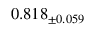
0 . 8 1 8 _ { \pm 0 . 0 5 9 }